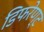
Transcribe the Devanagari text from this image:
डिफरेण्ट